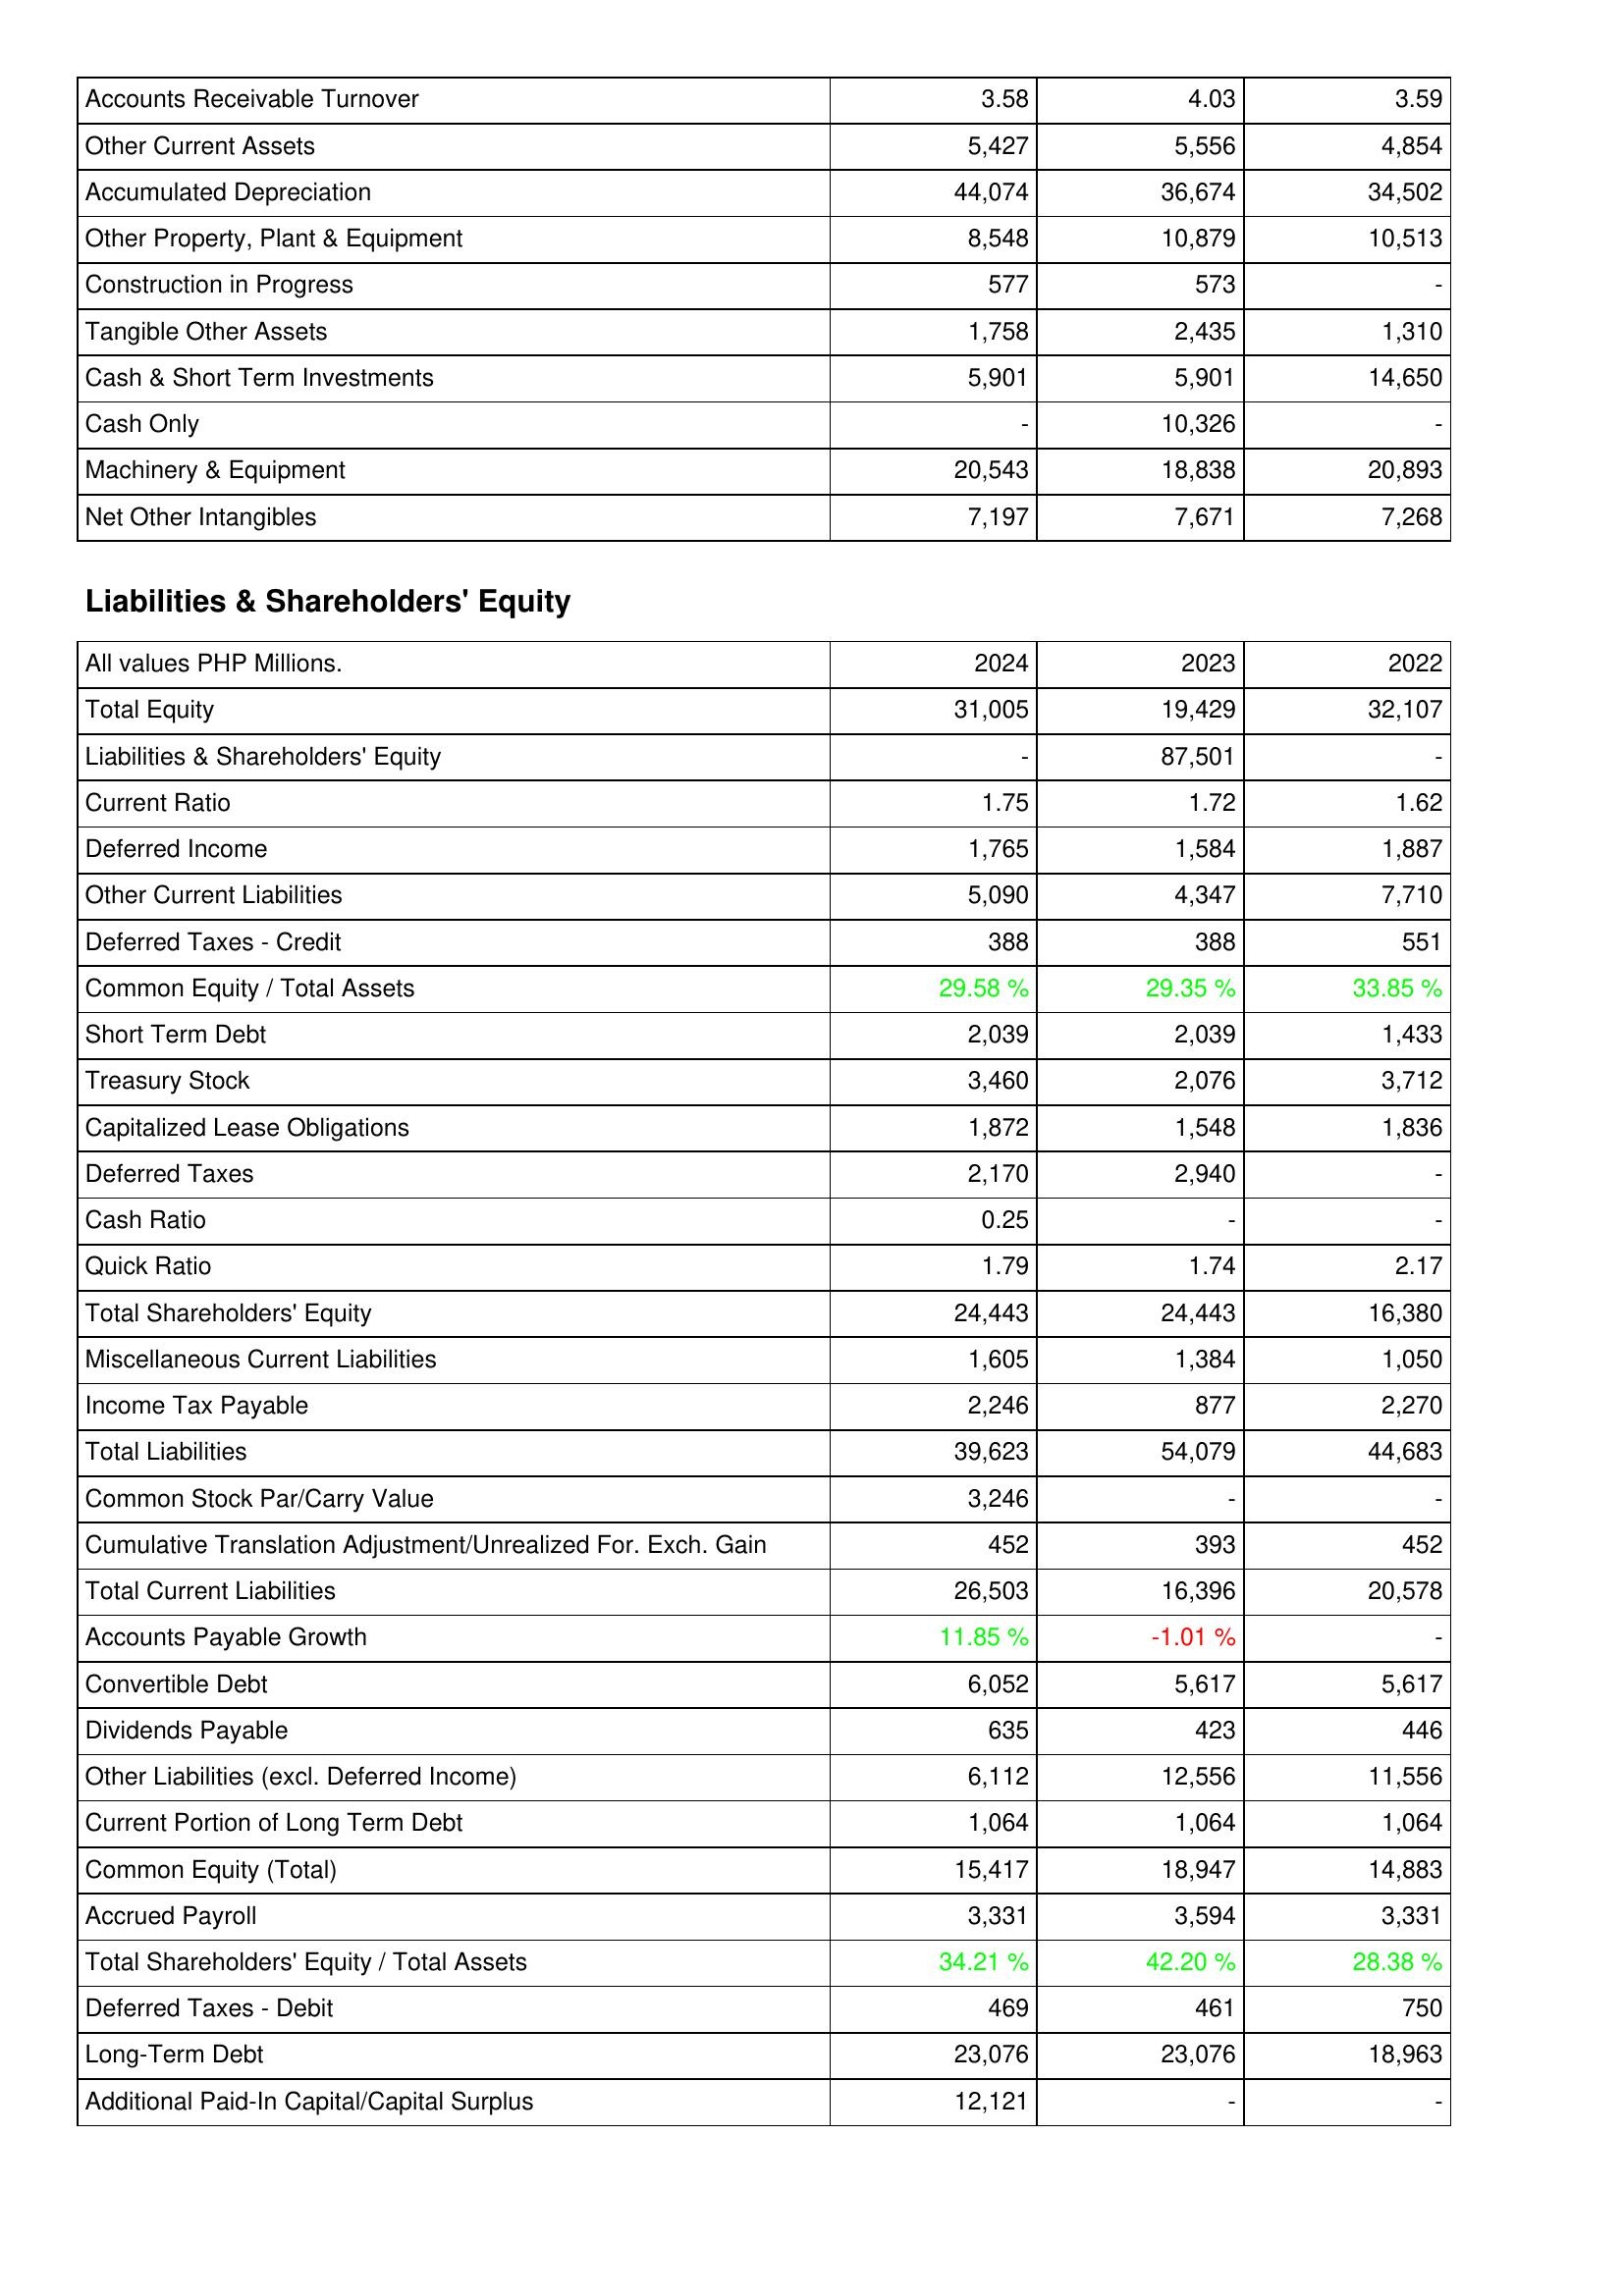
2024: Assets: Accounts Receivable Turnover: 3.58
Other Current Assets: 5,427
Accumulated Depreciation: 44,074
Other Property, Plant & Equipment: 8,548
Construction in Progress: 577
Tangible Other Assets: 1,758
Cash & Short Term Investments: 5,901
Cash Only: -
Machinery & Equipment: 20,543
Net Other Intangibles: 7,197
Liabilities & Shareholders' Equity: Total Equity: 31,005
Liabilities & Shareholders' Equity: -
Current Ratio: 1.75
Deferred Income: 1,765
Other Current Liabilities: 5,090
Deferred Taxes - Credit: 388
Common Equity / Total Assets: 29.58 %
Short Term Debt: 2,039
Treasury Stock: 3,460
Capitalized Lease Obligations: 1,872
Deferred Taxes: 2,170
Cash Ratio: 0.25
Quick Ratio: 1.79
Total Shareholders' Equity: 24,443
Miscellaneous Current Liabilities: 1,605
Income Tax Payable: 2,246
Total Liabilities: 39,623
Common Stock Par/Carry Value: 3,246
Cumulative Translation Adjustment/Unrealized For. Exch. Gain: 452
Total Current Liabilities: 26,503
Accounts Payable Growth: 11.85 %
Convertible Debt: 6,052
Dividends Payable: 635
Other Liabilities (excl. Deferred Income): 6,112
Current Portion of Long Term Debt: 1,064
Common Equity (Total): 15,417
Accrued Payroll: 3,331
Total Shareholders' Equity / Total Assets: 34.21 %
Deferred Taxes - Debit: 469
Long-Term Debt: 23,076
Additional Paid-In Capital/Capital Surplus: 12,121
2023: Assets: Accounts Receivable Turnover: 4.03
Other Current Assets: 5,556
Accumulated Depreciation: 36,674
Other Property, Plant & Equipment: 10,879
Construction in Progress: 573
Tangible Other Assets: 2,435
Cash & Short Term Investments: 5,901
Cash Only: 10,326
Machinery & Equipment: 18,838
Net Other Intangibles: 7,671
Liabilities & Shareholders' Equity: Total Equity: 19,429
Liabilities & Shareholders' Equity: 87,501
Current Ratio: 1.72
Deferred Income: 1,584
Other Current Liabilities: 4,347
Deferred Taxes - Credit: 388
Common Equity / Total Assets: 29.35 %
Short Term Debt: 2,039
Treasury Stock: 2,076
Capitalized Lease Obligations: 1,548
Deferred Taxes: 2,940
Cash Ratio: -
Quick Ratio: 1.74
Total Shareholders' Equity: 24,443
Miscellaneous Current Liabilities: 1,384
Income Tax Payable: 877
Total Liabilities: 54,079
Common Stock Par/Carry Value: -
Cumulative Translation Adjustment/Unrealized For. Exch. Gain: 393
Total Current Liabilities: 16,396
Accounts Payable Growth: -1.01 %
Convertible Debt: 5,617
Dividends Payable: 423
Other Liabilities (excl. Deferred Income): 12,556
Current Portion of Long Term Debt: 1,064
Common Equity (Total): 18,947
Accrued Payroll: 3,594
Total Shareholders' Equity / Total Assets: 42.20 %
Deferred Taxes - Debit: 461
Long-Term Debt: 23,076
Additional Paid-In Capital/Capital Surplus: -
2022: Assets: Accounts Receivable Turnover: 3.59
Other Current Assets: 4,854
Accumulated Depreciation: 34,502
Other Property, Plant & Equipment: 10,513
Construction in Progress: -
Tangible Other Assets: 1,310
Cash & Short Term Investments: 14,650
Cash Only: -
Machinery & Equipment: 20,893
Net Other Intangibles: 7,268
Liabilities & Shareholders' Equity: Total Equity: 32,107
Liabilities & Shareholders' Equity: -
Current Ratio: 1.62
Deferred Income: 1,887
Other Current Liabilities: 7,710
Deferred Taxes - Credit: 551
Common Equity / Total Assets: 33.85 %
Short Term Debt: 1,433
Treasury Stock: 3,712
Capitalized Lease Obligations: 1,836
Deferred Taxes: -
Cash Ratio: -
Quick Ratio: 2.17
Total Shareholders' Equity: 16,380
Miscellaneous Current Liabilities: 1,050
Income Tax Payable: 2,270
Total Liabilities: 44,683
Common Stock Par/Carry Value: -
Cumulative Translation Adjustment/Unrealized For. Exch. Gain: 452
Total Current Liabilities: 20,578
Accounts Payable Growth: -
Convertible Debt: 5,617
Dividends Payable: 446
Other Liabilities (excl. Deferred Income): 11,556
Current Portion of Long Term Debt: 1,064
Common Equity (Total): 14,883
Accrued Payroll: 3,331
Total Shareholders' Equity / Total Assets: 28.38 %
Deferred Taxes - Debit: 750
Long-Term Debt: 18,963
Additional Paid-In Capital/Capital Surplus: -